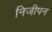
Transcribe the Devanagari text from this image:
निजीपन